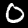
Digit: 0